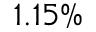
1 . 1 5 \%